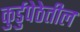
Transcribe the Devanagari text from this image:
कुर्डुपेठेतील